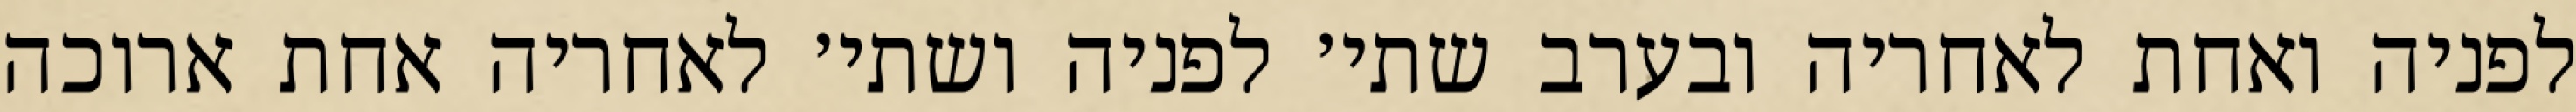
לפניה ואחת לאחריה ובערב שתי׳ לפניה ושתי׳ לאחריה אחת ארוכה